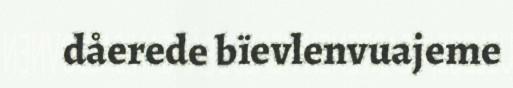
dåerede bïevlenvuajeme